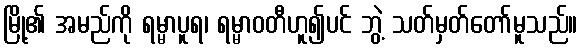
မြို့၏ အမည်ကို ရမ္မာပူရ၊ ရမ္မာဝတီဟူ၍ပင် ဘွဲ့ သတ်မှတ်တော်မူသည်။